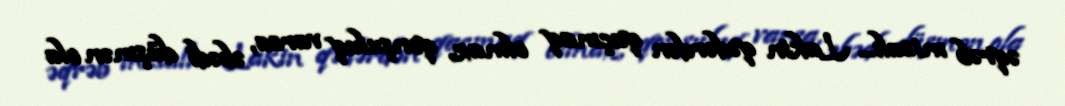
əqrəb misalı... Lakin qədərdən qaçmaq olmaz, qonşuluq varsa, əbədi düşmən ola